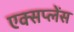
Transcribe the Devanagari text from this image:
एक्सप्लेंस